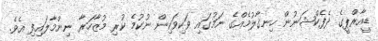
ޑީއާރްޕީގެ ދެފެކްޝަނުން ހިނގާލުމެއްގެ ނަމުގައި ވަކިވަކިން ނުކުމެ ކުރި މުޒާހަރާ ނިންމާލައިފި އެވެ.